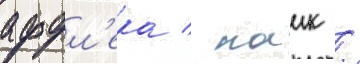
аффл'ека / паик /